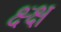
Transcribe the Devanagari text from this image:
क्ष्क्ष